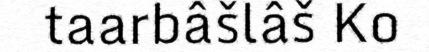
taarbâšlâš Ko